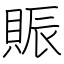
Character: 賑